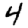
Digit: 4